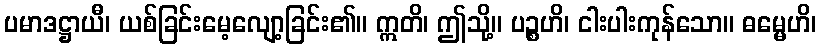
ပမာဒဋ္ဌာယီ၊ ယစ်ခြင်းမေ့လျော့ခြင်း၏။ ဣတိ၊ ဤသို့။ ပဉ္စဟိ၊ ငါးပါးကုန်သော။ ဓမ္မေဟိ၊